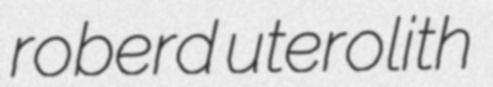
roberd uterolith